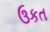
ઉકત